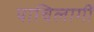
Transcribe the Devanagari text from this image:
याचिलागीं